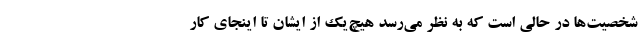
شخصیت‌ها در حالی است که به نظر می‌رسد هیچ‌یک از ایشان تا اینجای کار